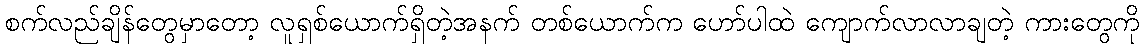
စက်လည်ချိန်တွေမှာတော့ လူရှစ်ယောက်ရှိတဲ့အနက် တစ်ယောက်က ဟော်ပါထဲ ကျောက်လာလာချတဲ့ ကားတွေကို